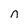
Character: n